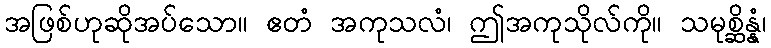
အဖြစ်ဟုဆိုအပ်သော။ ဧတံ အကုသလံ၊ ဤအကုသိုလ်ကို။ သမုစ္ဆိန္နံ၊